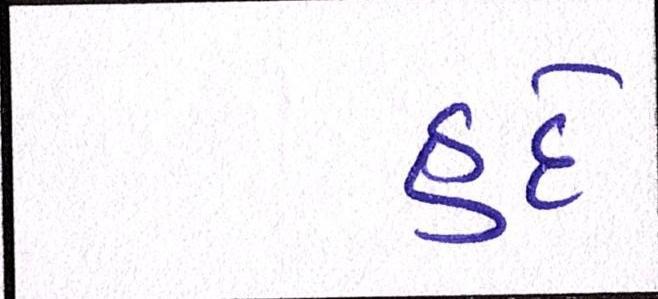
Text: હદે